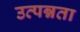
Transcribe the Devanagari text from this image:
उत्पन्नता